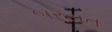
બરસત